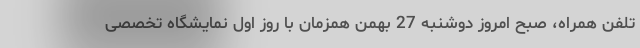
تلفن همراه، صبح امروز دوشنبه 27 بهمن همزمان با روز اول نمایشگاه تخصصی